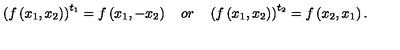
\left( f \left( x _ { 1 } , x _ { 2 } \right) \right) ^ { t _ { 1 } } = f \left( x _ { 1 } , - x _ { 2 } \right) \quad o r \quad \left( f \left( x _ { 1 } , x _ { 2 } \right) \right) ^ { t _ { 2 } } = f \left( x _ { 2 } , x _ { 1 } \right) .